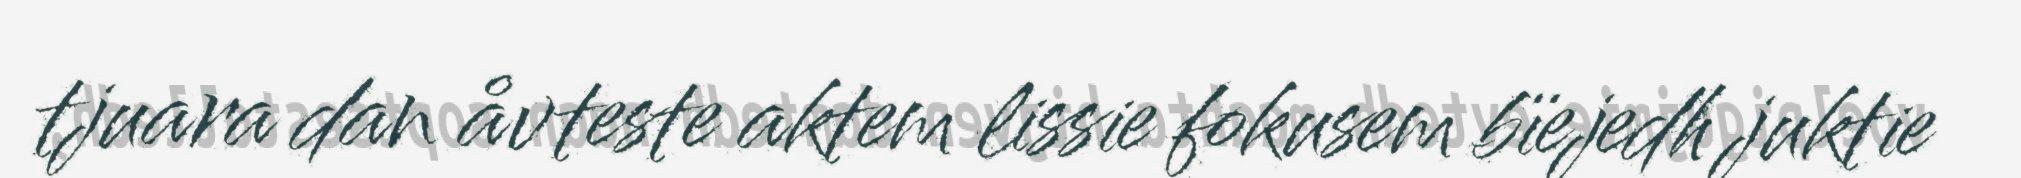
tjuara dan åvteste aktem lissie fokusem bïejedh juktie